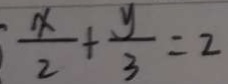
\frac { x } { 2 } + \frac { y } { 3 } = 2